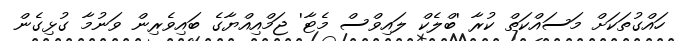
ހައްގުތަކަށް މަސައްކަތް ކުރާ 'ބްލެކް ލައިވްސް މެޓާ' ޖަމްއިއްޔާގެ ބައިވެރިން ވަނުމާ ގުޅިގެން